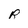
Character: R